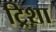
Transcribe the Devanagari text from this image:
ट्रिशा